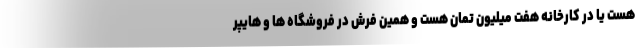
هست یا در کارخانه هفت میلیون تمان هست و همین فرش در فروشگاه ها و هایپر